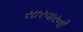
સારવારની